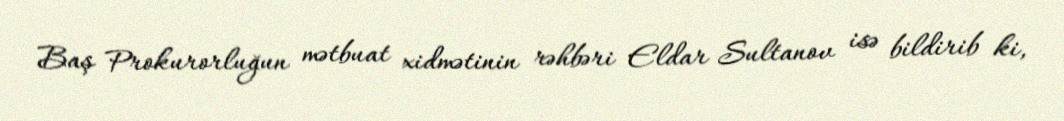
Baş Prokurorluğun mətbuat xidmətinin rəhbəri Eldar Sultanov isə bildirib ki,